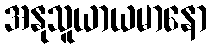
အနုသူယာယမာနော